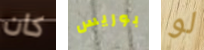
كان بوريس لو